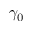
\gamma _ { 0 }